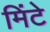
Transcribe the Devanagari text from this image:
मिंटे